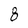
Character: 8